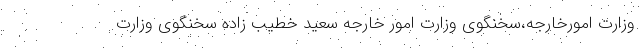
وزارت امورخارجه،سخنگوی وزارت امور خارجه سعید خطیب زاده سخنگوی وزارت